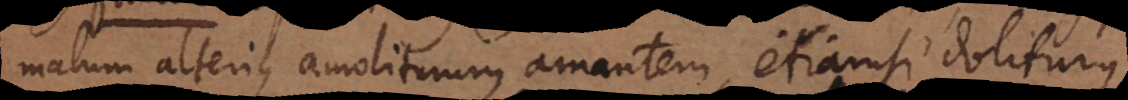
malum alterius amoliturum amantem, etiamsi doliturus